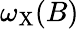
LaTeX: \omega_{\mathrm{X}}(B)